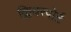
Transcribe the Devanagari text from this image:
क्लियरपोर्ट